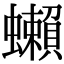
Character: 𧔣